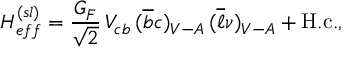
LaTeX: H _ { e f f } ^ { ( s l ) } = \frac { G _ { F } } { \sqrt { 2 } } \, V _ { c b } \, ( \overline { { b } } c ) _ { V - A } \, ( \overline { { \ell } } \nu ) _ { V - A } + \mathrm { H . c . } , \,